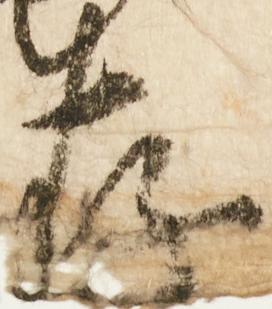
存